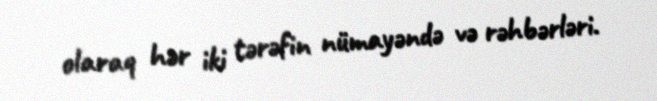
olaraq hər iki tərəfin nümayəndə və rəhbərləri.